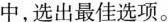
中，选出最佳选项.